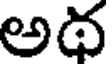
అథ